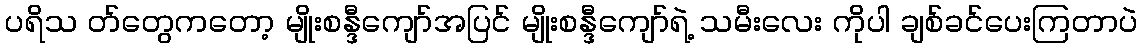
ပရိသ တ်တွေကတော့ မျိုးစန္ဒီကျော်အပြင် မျိုးစန္ဒီကျော်ရဲ့ သမီးလေး ကိုပါ ချစ်ခင်ပေးကြတာပဲ